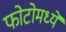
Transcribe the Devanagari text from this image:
फोटोमध्ये